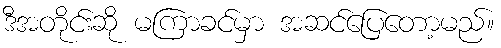
ဒီအတိုင်းဆို မကြာခင်မှာ အဆင်ပြေတော့မည်။